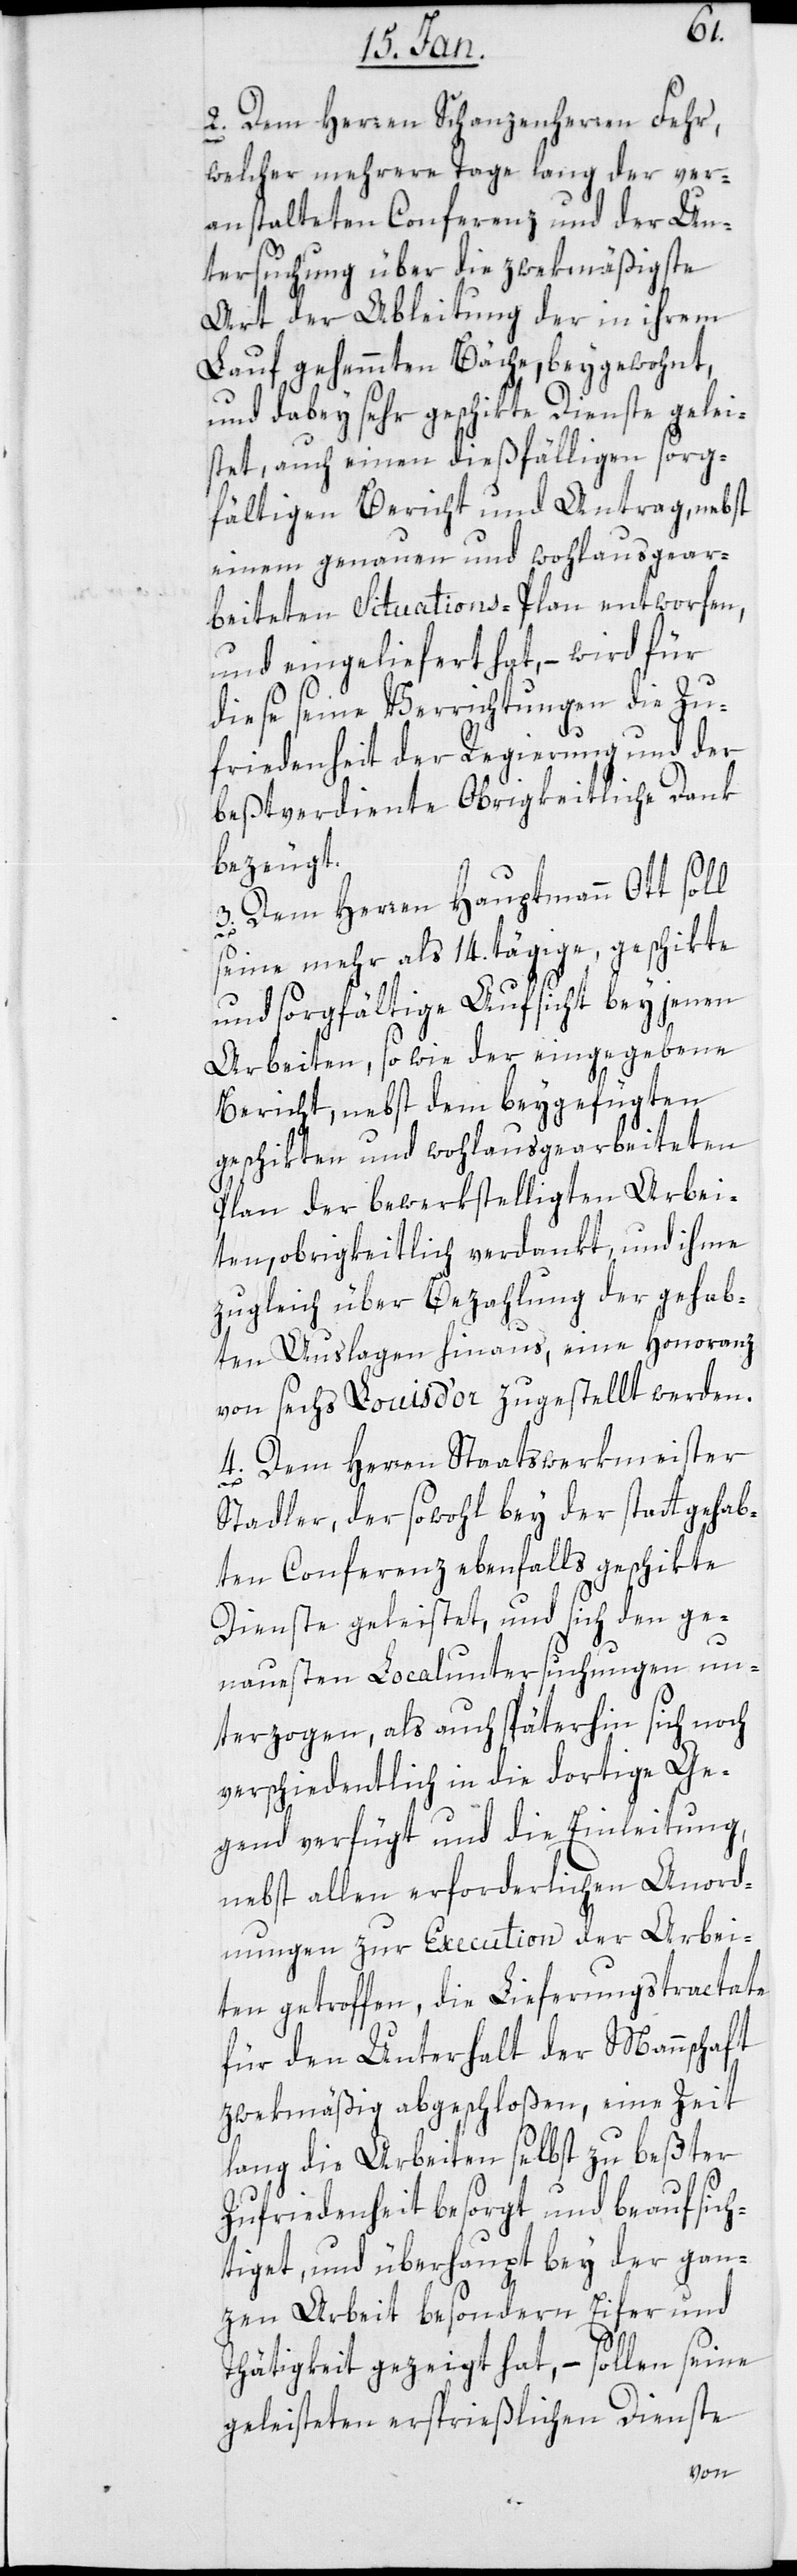
2. Dem Herren Schanzenherren Fehr,
welcher mehrere Tage lang der ver¬
anstalteten Conferenz und der Un¬
tersuchung über die zwekmäßigste
Art der Ableitung der in ihrem
Lauf gehemmten Bäche beygewohnt,
und dabei sehr geschikte Dienste gelei¬
stet, auch einen dießfälligen sorg¬
fältigen Bericht und Antrag, nebst
einem genauen und wohlausgear¬
beiteten Situationsplan entworfen,
und eingeliefert hat, – wird für
diese seine Verrichtungen die Zu¬
friedenheit der Regierung und der
bestverdiente obrigkeitliche Dank
bezeugt.
3. Dem Herren Hauptmann Ott soll
seine mehr als 14. tägige geschikte
und sorgfältige Aufsicht bey jenen
Arbeiten, sowie der eingegebene
Bericht, nebst dem beygefügten
geschikten und wohlausgearbeiteten
Plan der bewerkstelligten Arbei¬
ten, obrigkeitlich verdankt und ihme
zugleich über Bezahlung der gehab¬
ten Auslagen hinaus, eine Honoranz
von sechs Louisd’or zugestellt werden.
4. Dem Herren Staatswerkmeister
Stadler, der sowohl bey der statt gehab¬
ten Conferenz ebenfalls geschikte
Dienste geleistet, und sich den ge¬
nauesten Localuntersuchungen un¬
terzogen, als auch späterhin sich noch
verschiedentlich in die dortige Ge¬
gend verfügt und die Einleitung,
nebst allen erforderlichen Anord¬
nungen zur Execution der Arbei¬
ten getroffen, die Lieferungstractate
für den Unterhalt der Mannschaft
zwekmäßig abgeschloßen, eine Zeit
lang die Arbeiten selbst zu bester
Zufriedenheit besorgt und beaufsich¬
tiget, und überhaupt bey der gan¬
zen Arbeit besondern Eifer und
Thätigkeit gezeigt hat, – sollen seine
geleisteten ersprießlichen Dienste